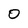
Character: 0